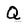
Character: Q